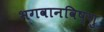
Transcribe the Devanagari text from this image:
भगवानविष्णु